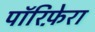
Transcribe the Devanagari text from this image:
पॉरिफ़ेरा